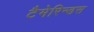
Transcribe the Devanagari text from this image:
टैमेरिन्डस